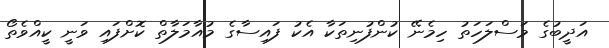
އަދީބުގެ މަސްލަހަތު ހިމެނޭ ކުންފުނިތަކާ އެކު ފައިސާގެ މުއާމަލާތް ކޮށްފައި ވަނީ ކީއްވެތޯ